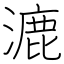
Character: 漉